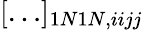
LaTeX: [\ldots]_{1N1N,iijj}